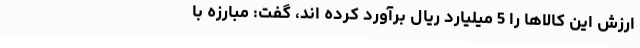
ارزش این کالاها را 5 میلیارد ریال برآورد کرده اند، گفت: مبارزه با